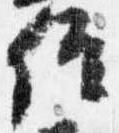
位